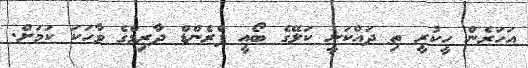
އަހަރެން ހީކުރީ ތި ދައްކަނީ ކަލޭގެ ބޯއީ ފްރެންޑް ދާރިމްގެ ވާހަކަ ކަމަށް.